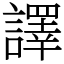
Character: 譯